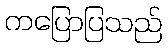
ကပြောပြသည်